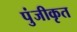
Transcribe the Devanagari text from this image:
पुंजीकृत